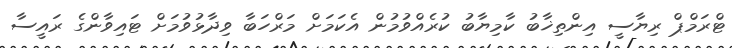
ޓްރަމްޕް ރިޔާސީ އިންތިޚާބު ކާމިޔާބު ކުރެއްވުމުން އެކަމަށް މަރްހަބާ ވިދާޅުވުމަށް ޓައިވާންގެ ރައީސާ